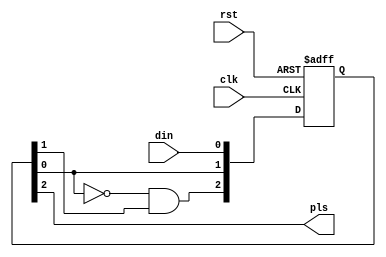
////////////////////////////////////////////////////////////////////////////////
//
//  Copyright 2008-2013 by Michael A. Morris, dba M. A. Morris & Associates
//
//  All rights reserved. The source code contained herein is publicly released
//  under the terms and conditions of the GNU Lesser Public License. No part of
//  this source code may be reproduced or transmitted in any form or by any
//  means, electronic or mechanical, including photocopying, recording, or any
//  information storage and retrieval system in violation of the license under
//  which the source code is released.
//
//  The source code contained herein is free; it may be redistributed and/or
//  modified in accordance with the terms of the GNU Lesser General Public
//  License as published by the Free Software Foundation; either version 2.1 of
//  the GNU Lesser General Public License, or any later version.
//
//  The source code contained herein is freely released WITHOUT ANY WARRANTY;
//  without even the implied warranty of MERCHANTABILITY or FITNESS FOR A
//  PARTICULAR PURPOSE. (Refer to the GNU Lesser General Public License for
//  more details.)
//
//  A copy of the GNU Lesser General Public License should have been received
//  along with the source code contained herein; if not, a copy can be obtained
//  by writing to:
//
//  Free Software Foundation, Inc.
//  51 Franklin Street, Fifth Floor
//  Boston, MA  02110-1301 USA
//
//  Further, no use of this source code is permitted in any form or means
//  without inclusion of this banner prominently in any derived works.
//
//  Michael A. Morris
//  Huntsville, AL
//
////////////////////////////////////////////////////////////////////////////////

`timescale 1ns / 1ps

////////////////////////////////////////////////////////////////////////////////
// Company:         M. A. Morris & Associates
// 
// Design Name:     USB MBP HDL 
// Module Name:     fedet.v
// Project Name:    4020 HAWK ZAOM Upgrade
// Target Devices:  XC2S150-5PQ208I 
// Tool versions:   ISE 8.2i
//
// Description:     Multi-stage synchronizer with falling edge detection
//
// Dependencies:    None
//
// Revision History:
//
//  0.01    08C01   MAM     File Created
//
// Additional Comments: 
//
///////////////////////////////////////////////////////////////////////////////

module fedet(rst, clk, din, pls);

///////////////////////////////////////////////////////////////////////////////
//
//  Module Port Declarations
//
    
    input   rst;
    input   clk;
    input   din;
    output  pls;

///////////////////////////////////////////////////////////////////////////////
//
//  Module Level Declarations
//

    reg [2:0] QSync;
    
///////////////////////////////////////////////////////////////////////////////
//
//  Implementation
//

always @(posedge clk or posedge rst) begin
    if(rst)
        #1 QSync <= 3'b011;
    else 
        #1 QSync <= {~QSync[0] & QSync[1], QSync[0], din};
end

assign pls = QSync[2];

endmodule